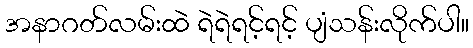
အနာဂတ်လမ်းထဲ ရဲရဲရင့်ရင့် ပျံသန်းလိုက်ပါ။